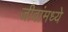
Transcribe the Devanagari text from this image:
जीवांमध्ये